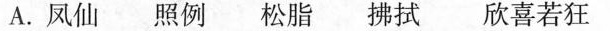
A.凤仙 照例 松脂 拂拭 欣喜若狂